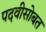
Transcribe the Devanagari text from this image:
पदवीसोबत